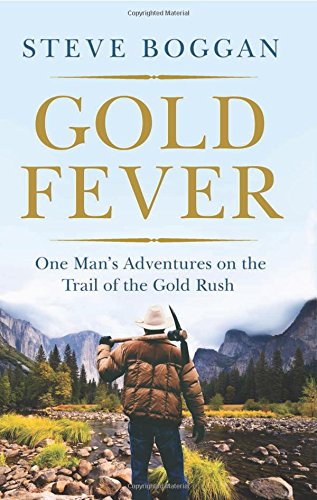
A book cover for Gold Fever: One Man's Adventures on the Trail of the Gold Rush; Steve Boggan; Business & Money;